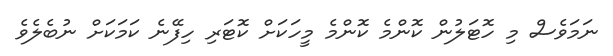
ނަމަވެސް މި ހޮޓަލުން ކޮންމެ ކޮންމެ މީހަކަށް ކޮޓަރި ހިފޭނެ ކަމަކަށް ނުބެލެވެ